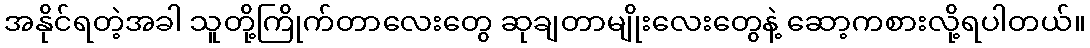
အနိုင်ရတဲ့အခါ သူတို့ကြိုက်တာလေးတွေ ဆုချတာမျိုးလေးတွေနဲ့ ဆော့ကစားလို့ရပါတယ်။